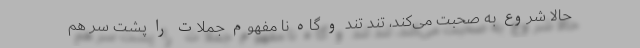
حالا شروع به صحبت می‌کند، تند تند و گاه نا مفهوم جملات را پشت سر هم